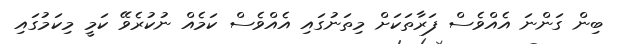
ބިން ގަންނަ އެއްވެސް ފަރާތަކަށް މިތަނުގައި އެއްވެސް ކަމެއް ނުކުރެވޭ ކަމީ މިކަމުގައި